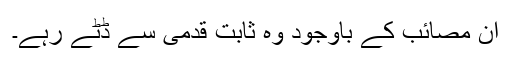
ان مصائب کے باوجود وہ ثابت قدمی سے ڈٹے رہے۔